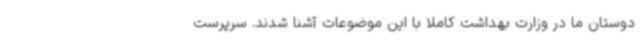
دوستان ما در وزارت بهداشت کاملا با این موضوعات آشنا شدند. سرپرست